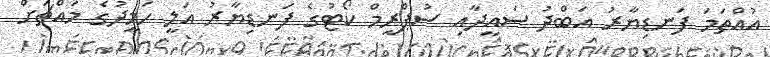
އުއްތަމަ ފަނޑިޔާރު އަބްދު ސައީދާއި ސުޕްރީމް ކޯޓުގެ ފަނޑިޔާރު އަލީ ހަމީދުގެ މައްޗަށް